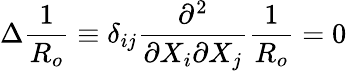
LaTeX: \Delta\frac{1}{R_{o}}\equiv\delta_{ij}\frac{\partial^{2}}{\partial X_{i}\partial X_{j}}\frac{1}{R_{o}}=0